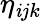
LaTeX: \eta_{\mathit{i}jk}